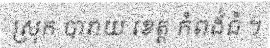
ស្រុក បារាយ ខេត្ត កំពង់ធំ ។